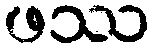
ဖဿ